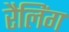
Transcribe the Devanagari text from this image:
रैलिंग